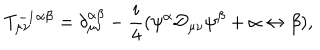
LaTeX: T _ { \mu \nu } ^ { - 1 } { } ^ { \alpha \beta } = \delta _ { \mu \nu } ^ { \alpha \beta } - \frac { i } { 4 } ( \psi ^ { \alpha } { \cal D } _ { \mu \nu } \psi ^ { \beta } + \alpha \leftrightarrow \beta ) ,